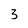
Character: 3